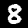
Label: 8